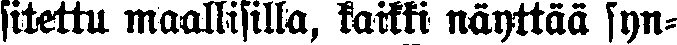
sitettu maallisilla, kaikki näyttää syn-